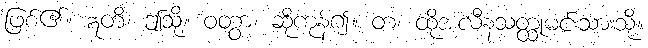
ဖြစ်၏။ ဣတိ၊ ဤသို့။ ဝတွာ၊ ဆိုကုန်၍။ တံ၊ ထိုအလီနသတ္ထုမင်းသားသို့။